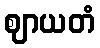
ဈာယတံ